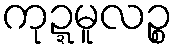
ကုဍ္ဍမူလဉ္စ